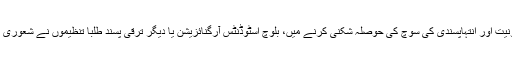
معاشرے سے جہالت، تنگ نظری، مذہبی جنونیت اور انتہاپسندی کی سوچ کی حوصلہ شکنی کرنے میں، بلوچ اسٹوڈنٹس آرگنائزیشن یا دیگر ترقی پسند طلبا تنظیموں نے شعوری طور پر نوجوانوں کی سیاسی رہنمائی کی ہے۔